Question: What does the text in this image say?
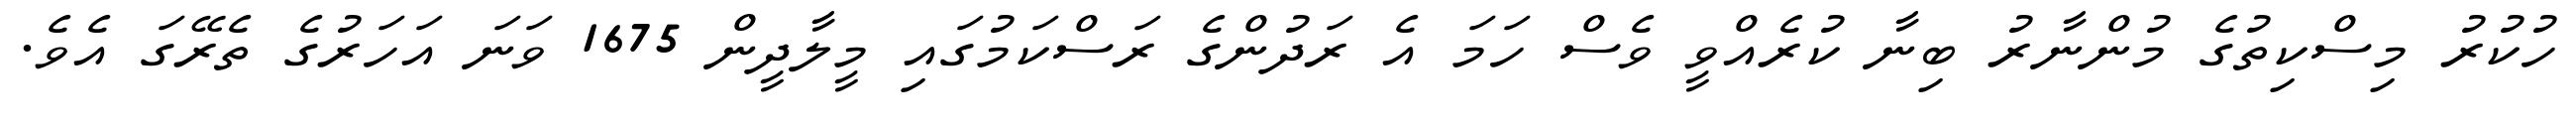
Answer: ހުކުރު މިސްކިތުގެ މުންނާރު ބިނާ ކުރެއްވީ ވެސް ހަމަ އެ ރަދުންގެ ރަސްކަމުގައި މީލާދީން 1675 ވަނަ އަހަރުގެ ތެރޭގަ އެވެ.